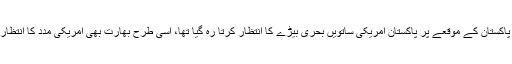
جیسے سانحہ مشرقی پاکستان کے موقعے پر پاکستان امریکی ساتویں بحری بیڑے کا انتظار کرتا رہ گیا تھا، اسی طرح بھارت بھی امریکی مدد کا انتظار ہی کرتا رہ جائے گا۔